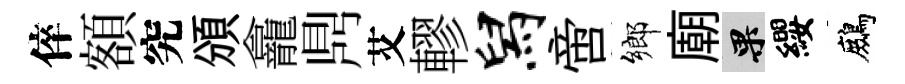
倅額究頒龕𪔂艾轇舄啻鄉廟果纓鷓